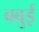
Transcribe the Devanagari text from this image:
बबुई